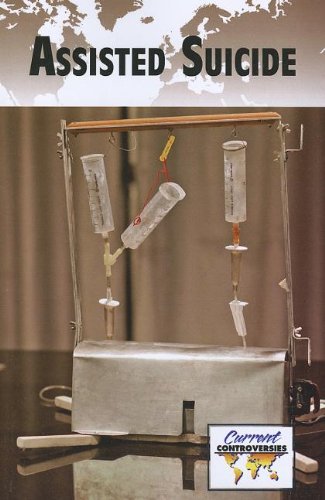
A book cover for Assisted Suicide (Current Controversies); Teen & Young Adult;